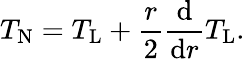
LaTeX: T_{\mathrm{N}}=T_{\mathrm{L}}+\frac{r}{2}\frac{\mathrm{d}}{\mathrm{d}r}T_{\mathrm{L}}.